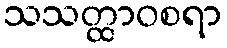
သသတ္ထာဝစရာ